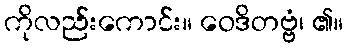
ကိုလည်းကောင်း။ ဝေဒိတဗ္ဗံ၊ ၏။